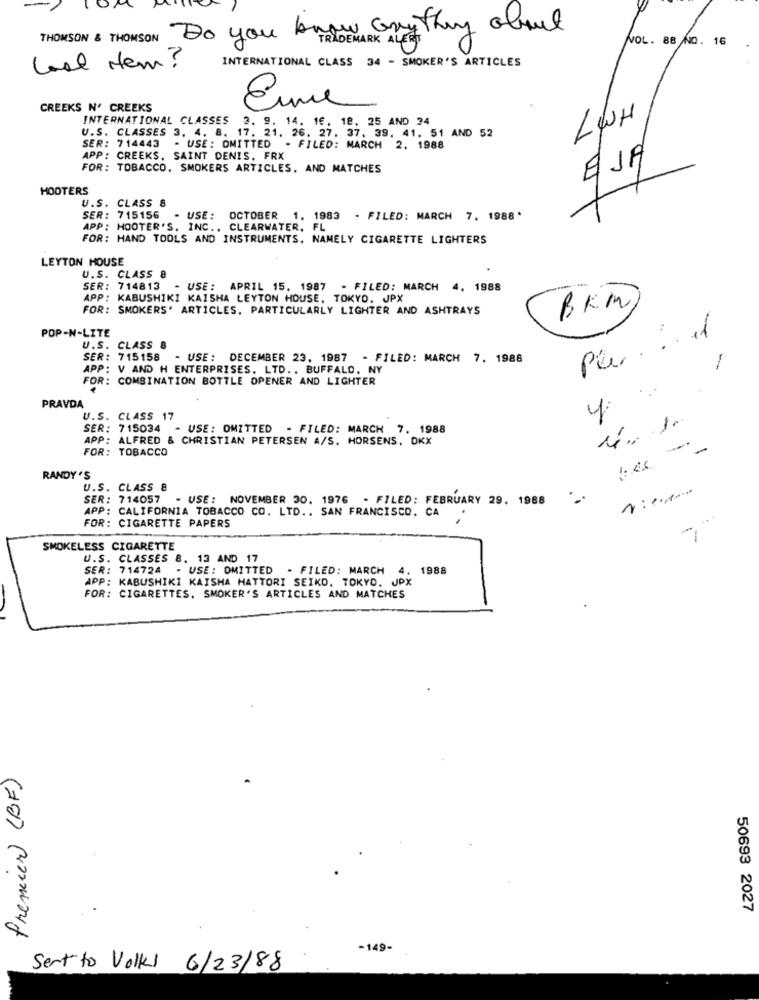
THOMSON & THOMSON Do you know any they about
NOL. 88 NO. 16
TRADEMARK ALERT
INTERNATIONAL CLASS 34 - SMOKER'S ARTICLES
Lool Hem ?
CREEKS N' CREEKS
Eine
INTERNATIONAL CLASSES 2. 9. 14. 16, 18, 25 AND 24
LWH
U.S. CLASSES 3. 4. 8. 17. 21, 26, 27. 37, 3
SER: 714443
. 37. 39. 41. 51 AND 52
- USE: OMITTED - FILED: MARCH 2, 1988
APP: CREEKS. SAINT DENIS. FRX
FOR: TOBACCO. SMOKERS ARTICLES, AND MATCHES
HOOTERS
U.S. CLASS 8
SER: 715156
- USE :
OCTOBER 1. 1983 - FILED: MARCH 7. 1988 .
APP: HOOTER'S. INC ., CLEARWATER, FL
FOR: HAND TOOLS AND INSTRUMENTS, NAMELY CIGARETTE LIGHTERS
LEYTON HOUSE
U.S. CLASS 8
SER: 714813
- USE: APRIL 15. 1987 - FILED: MARCH 4, 1988
APP: KABUSHIKI KAISHA LEYTON HOUSE, TOKYO. JPX
FOR: SMOKERS' ARTICLES. PARTICULARLY LIGHTER AND ASHTRAYS
BKM
POP-N-LITE
Pa ..... 1
U.S. CLASS 8
SER: 715158 - USE: DECEMBER 23. 1987 - FILED: MARCH 7. 1988
-
APP: V AND H ENTERPRISES. LTD. . BUFFALO, NY
FOR: COMBINATION BOTTLE OPENER AND LIGHTER
PRAVDA
U.S. CLASS 17
SER: 715034 - USE: OMITTED - FILED: MARCH 7. 1988
APP: ALFRED & CHRISTIAN PETERSEN A/S. HORSENS. DKX
FOR: TOBACCO
-5
-
-
RANDY 'S
U.S. CLASS &
SER: 714057 - USE: NOVEMBER 30. 1976 - FILED: FEBRUARY 29. 1988
APP: CALIFORNIA TOBACCO CO. LTD .. SAN FRANCISCO. CA
FOR: CIGARETTE PAPERS
- -
SMOKELESS CIGARETTE
U.S. CLASSES 8. 13 AND 17
SER: 714724 - USE: OMITTED - FILED: MARCH 4. 1988
APP: KABUSHIKİ KAISHA HATTORI SEIKO. TOKYO. JPX
FOR: CIGARETTES. SMOKER'S ARTICLES AND MATCHES
Premier (BF)
50693 2027
-149-
Sent to Volks 6/23/88